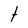
Character: t